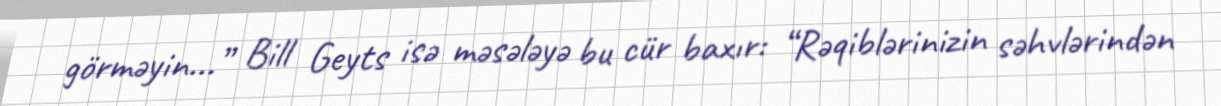
görməyin...” Bill Geyts isə məsələyə bu cür baxır: “Rəqiblərinizin səhvlərindən